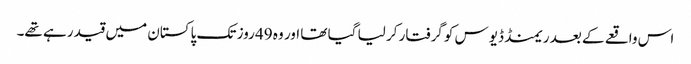
اس واقعے کے بعد ریمنڈ ڈیوس کو گرفتار کر لیا گیا تھا اور وہ 49 روز تک پاکستان میں قید رہے تھے۔